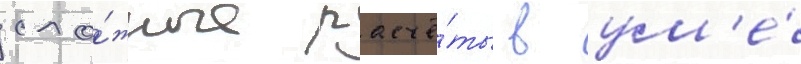
сло́жные расчё́ты в ум'е́